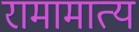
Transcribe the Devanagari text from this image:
रामामात्य